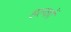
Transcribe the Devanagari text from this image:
हल्कों